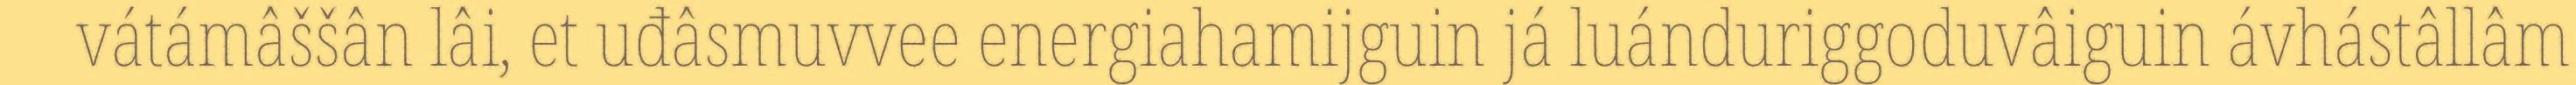
vátámâššân lâi, et uđâsmuvvee energiahamijguin já luánduriggoduvâiguin ávhástâllâm